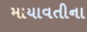
માયાવતીના